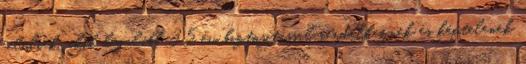
felüliek, akik legalább 35 év biztosítással rendelkeznek és képtelenek